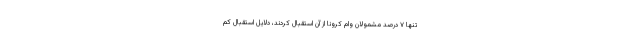
تنها ۷ درصد مشمولان وام کرونا از آن استقبال کردند، دلایل استقبال کم